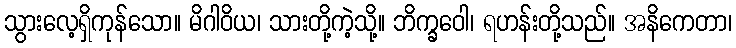
သွားလေ့ရှိကုန်သော။ မိဂါဝိယ၊ သားတို့ကဲ့သို့။ ဘိက္ခဝေါ၊ ရဟန်းတို့သည်။ အနိကေတာ၊